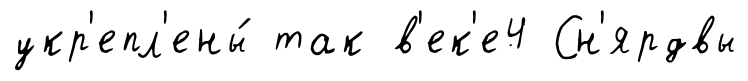
укр'епл'ены́ так в'ек'е4 Сн'ярдвы